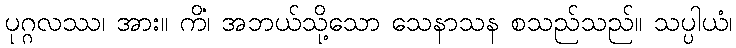
ပုဂ္ဂလဿ၊ အား။ ကိံ၊ အဘယ်သို့သော သေနာသန စသည်သည်။ သပ္ပါယံ၊